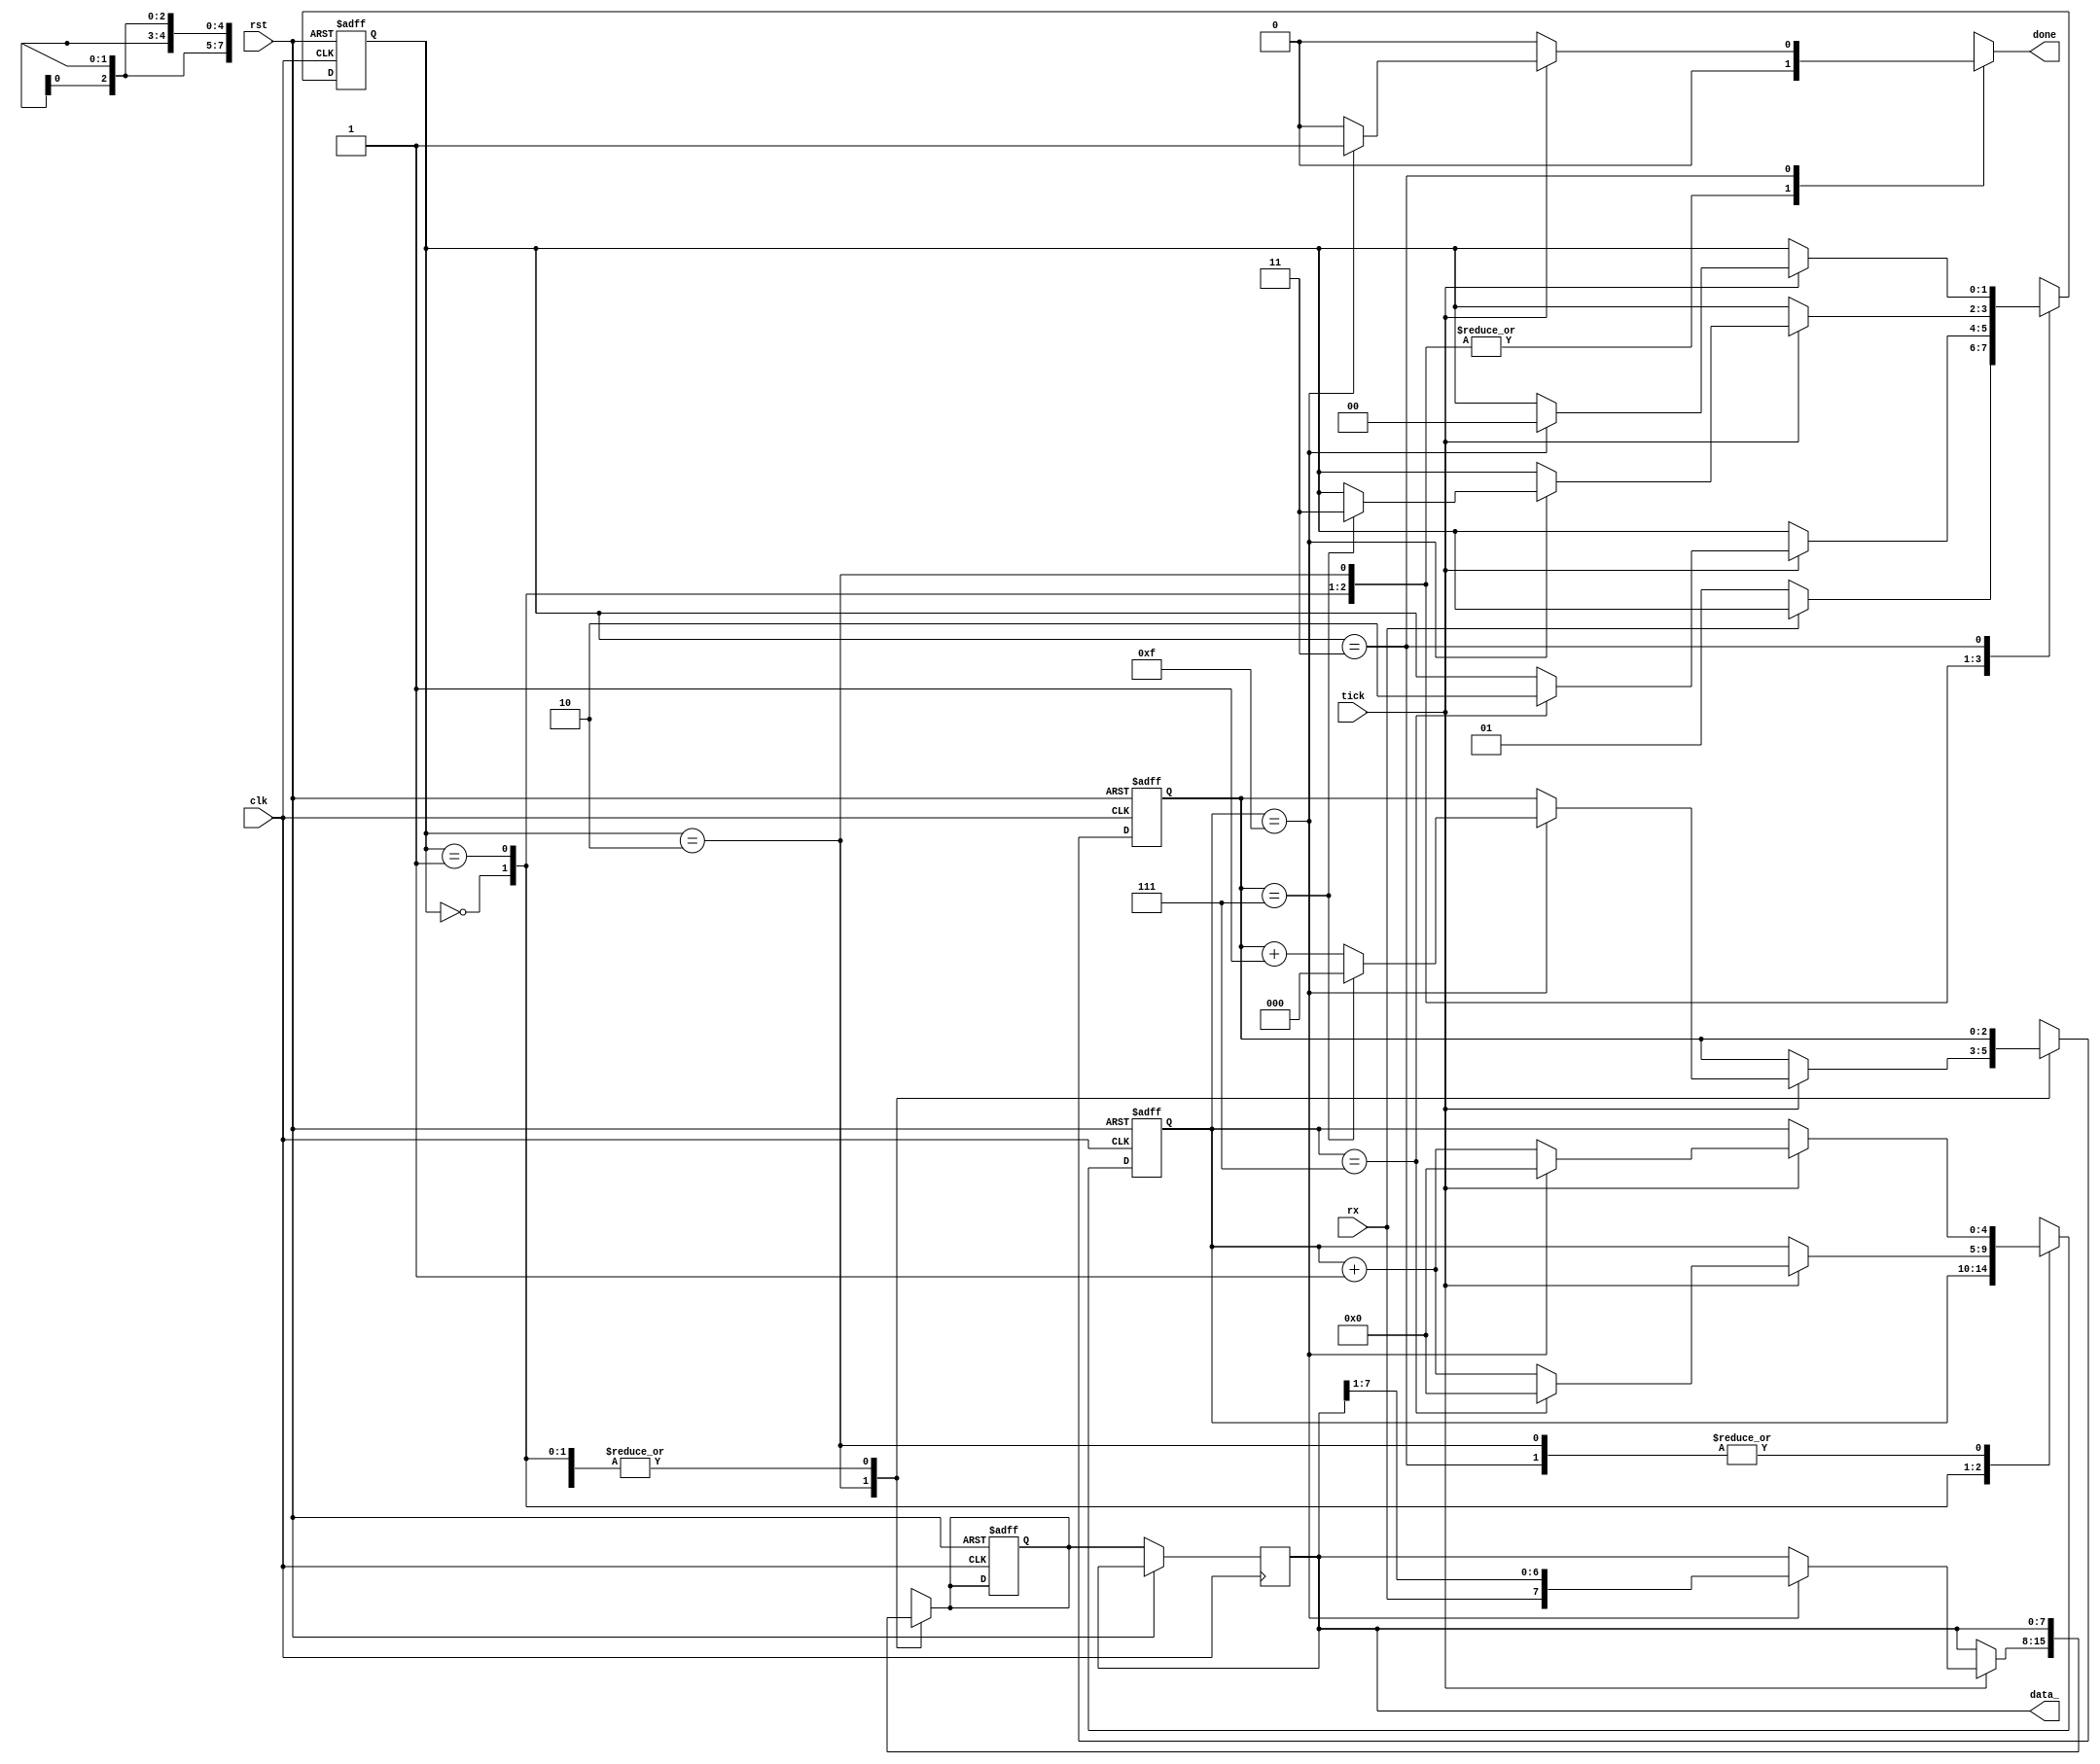
`timescale 1ns / 1ps
//////////////////////////////////////////////////////////////////////////////////
// Company: 
// Engineer: 
// 
// Design Name: 
// Module Name: Rx
// Project Name: 
// Target Devices: 
// Tool Versions: 
// Description: 
// 
// Dependencies: 
// 
// Revision:
// Revision 0.01 - File Created
// Additional Comments:
// 
//////////////////////////////////////////////////////////////////////////////////


module Rx(
    input clk,rst,
    input rx,
    input tick,
    output  [7:0] data_,
    output reg done
    );
    reg [7:0] data_rx,data_rx_final;
    reg [1:0] curr_state,next_state;
    reg [4:0]num_ticks,num_ticks_next;
    reg [2:0] data_bits,data_bits_next;
    parameter           idle=2'b00,
                        start=2'b01,
                        data=2'b10,
                        stop=2'b11;
                        
    always@(posedge clk,posedge rst)begin
    if(rst) begin
      curr_state<=idle;
      num_ticks_next<=0;
      data_bits_next<=0;
      data_rx<=0;
      end
    else begin
          curr_state<=next_state;
          num_ticks_next<=num_ticks;
          data_bits_next<=data_bits;
          data_rx_final<=data_rx;
    end
    end
    always@(*)begin
    done=0;  
    data_bits=data_bits_next;
    num_ticks=num_ticks_next;
    data_rx=data_rx_final;
    case(curr_state)
    idle:begin
    if(rx==0)begin
     next_state=start;
    end
    else
     next_state=curr_state;
    end
    start:begin
        if(tick)
          if(num_ticks==7)begin
           next_state=data;
           num_ticks=0;
          end
          else begin
           num_ticks=num_ticks_next+1;
           next_state=curr_state;    
          end
        else
         next_state=curr_state;
    end
    data:begin
        if(tick)    
            if(num_ticks_next==15)begin
                num_ticks=0;
                data_rx={rx,data_rx_final[7:1]};
                if(data_bits_next==7)begin
                    next_state=stop;
                    data_bits=0;
                end
                else begin
                   next_state=curr_state;
                   data_bits=data_bits_next+1;
                end 
            end   
            else begin
               num_ticks=num_ticks_next+1;
               next_state=curr_state;
            end
        else
         next_state=curr_state;
    end
    stop:begin
     if(tick)    
            if(num_ticks_next==15) begin
              next_state=idle;
              num_ticks=0;
              done=1;  
            
            end
            else begin
              num_ticks=num_ticks_next+1;
              next_state=curr_state;
              done=0;  
            end
     else
       next_state=curr_state;
            
    end
    default: begin
    next_state=curr_state;
    num_ticks=num_ticks_next;
    data_bits=data_bits_next;
    done=0; 
    data_rx=data_rx_final; 

    

    end
    endcase
    end
    
    assign data_=data_rx_final;
    
endmodule